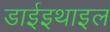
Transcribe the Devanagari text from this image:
डाईइथाइल